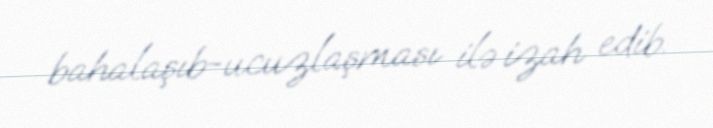
bahalaşıb-ucuzlaşması ilə izah edib.